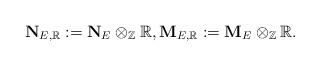
LaTeX: \begin{align*}\mathbf{N}_{E,\mathbb{R}}:=\mathbf{N}_E \otimes_\mathbb{Z} \mathbb{R}, \mathbf{M}_{E,\mathbb{R}}:=\mathbf{M}_E \otimes_\mathbb{Z} \mathbb{R}.\end{align*}